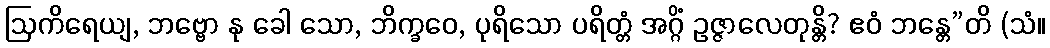
ဩကိရေယျ, ဘဗ္ဗော နု ခေါ သော, ဘိက္ခဝေ, ပုရိသော ပရိတ္တံ အဂ္ဂိံ ဥဇ္ဇာလေတုန္တိ? ဧဝံ ဘန္တေ”တိ (သံ။